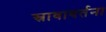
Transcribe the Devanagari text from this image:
स्रावावर्तना